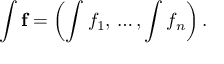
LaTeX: \int \mathbf { f } = \left( \int f _ { 1 } , \, \dots , \int f _ { n } \right) .